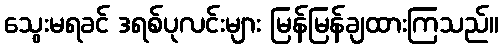
သွေးမရခင် ဒရစ်ပုလင်းများ မြန်မြန်ချထားကြသည်။